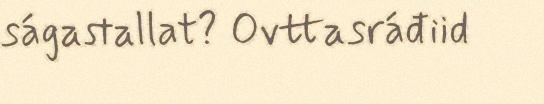
ságastallat? Ovttasráđiid